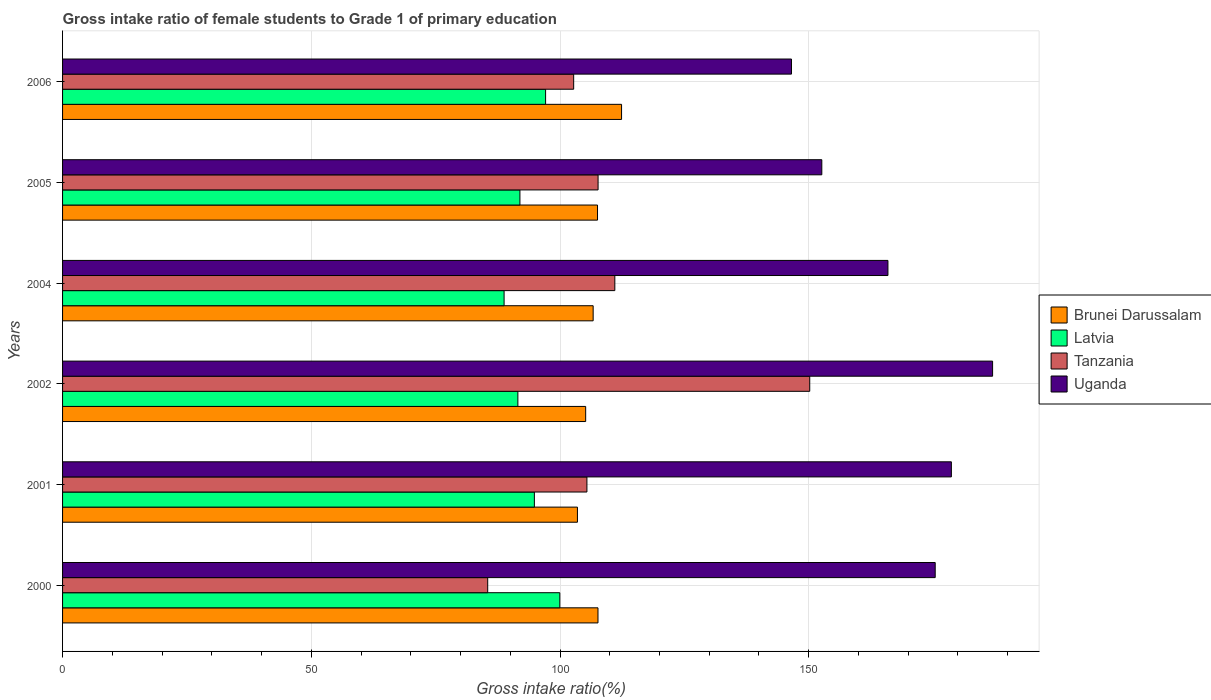
| Years | Brunei Darussalam | Latvia | Tanzania | Uganda |
 | --- | --- | --- | --- | --- |
 | 2000 | 108 | 100 | 85.5 | 175 |
 | 2001 | 104 | 94.8 | 105 | 179 |
 | 2002 | 105 | 91.5 | 150 | 187 |
 | 2004 | 107 | 88.8 | 111 | 166 |
 | 2005 | 108 | 91.9 | 108 | 153 |
 | 2006 | 112 | 97.1 | 103 | 147 |